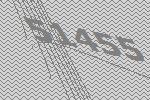
51455